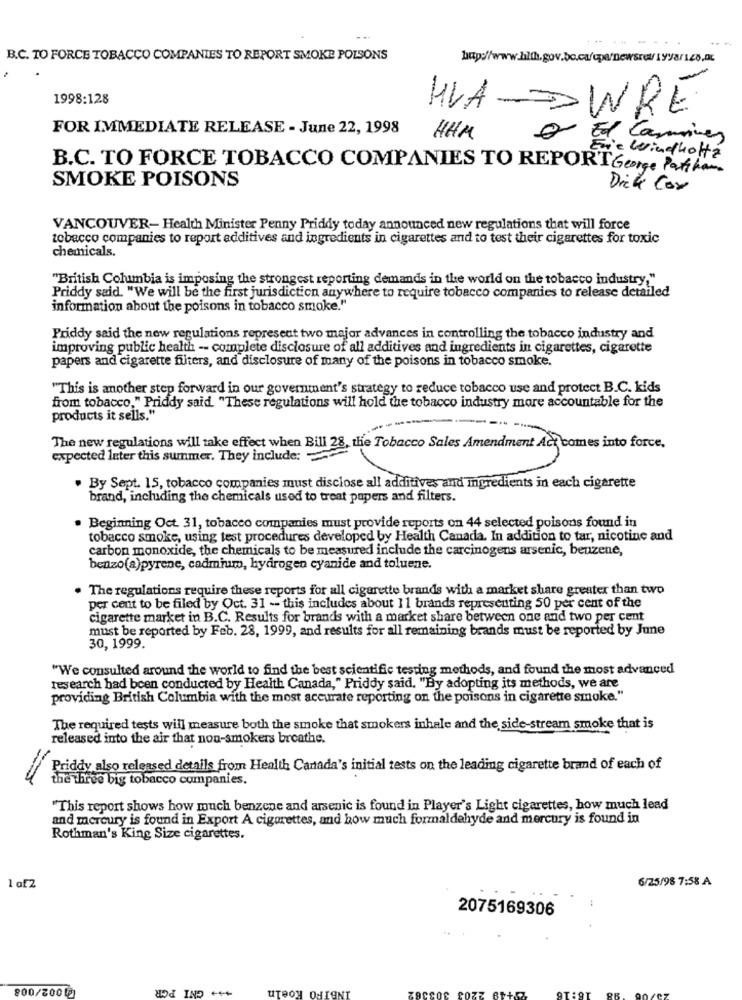
B.C. TO FORCE TOBACCO COMPANIES TO REPORT SMOKE POLSONS
htp://www.hlth.gov.bo.ca/epa/newsre/1998/140.at
1998:128
HVA
WRE
FOR IMMEDIATE RELEASE - June 22, 1998
HAM
o El Camino
Eje Windholtz
B.C. TO FORCE TOBACCO COMPANIES TO REPORTGeorge Patikam.
SMOKE POISONS
Dick Cor
VANCOUVER- Health Minister Penny Priddy today announced new regulations that will force
tobacco companies to report additives and ingredients in cigarettes and to test their cigarettes for toxic
chemicals.
"British Columbia is imposing the strongest reporting demands in the world on the tobacco industry,"
Priddy said. "We will be the first jurisdiction anywhere to require tobacco companies to release detailed
information about the poisons in tobacco smoke."
Priddy said the new regulations represent two major advances in controlling the tobacco industry and
improving public health -- complete disclosure of all additives and ingredients in cigarettes, cigarette
papers and cigarette filters, and disclosure of many of the poisons in tobacco smoke.
"This is another step forward in our government's strategy to reduce tobacco use and protect B.C. kids
from tobacco." Priddy said. "These regulations will hold the tobacco industry more accountable for the
products it sells."
The new regulations will take effect when Bill 28, the Tobacco Sales Amendment Act comes into force.
expected later this summer. They include:
By Sept. 15, tobacco companies must disclose all additives and ingredients in each cigarette
brand, including the chemicals used to treat papers and filters.
· Beginning Oct 31, tobacco companies must provide reports on 44 selected poisons found in
tobacco smoke, using test procedures developed by Health Canada. In addition to tar, nicotine and
carbon monoxide, the chemicals to be measured include the carcinogens arsenic, benzene,
benzo(a)pyrene, cadmium, hydrogen cyanide and toluene.
The regulations require these reports for all cigarette brands with a market share greater than two
per cent to be filed by Oct. 31 -- this includes about 11 brands representing 50 per cent of the
cigarette market in B.C. Results for brands with a market share between one and two per cent
must be reported by Feb. 28, 1999, and results for all remaining brands must be reported by June
30, 1999.
"We consulted around the world to find the best scientific testing methods, and found the most advanced
research had been conducted by Health Canada," Priddy said, "By adopting its methods, we are
providing British Columbia with the most accurate reporting on the poisons in cigarette smoke."
The required tests will measure both the smoke that smokers inhale and the side-stream smoke that is
released into the air that non-smokers breathe.
Priddy also released details from Health Canada's initial tests on the leading cigarette brand of each of
the three big tobacco companies.
"This report shows how much benzene and arsenic is found in Player's Light cigarettes, how much lead
and mercury is found in Export A cigarettes, and how much formaldehyde and mercury is found in
Rothman's King Size cigarettes.
6/25/98 7:58 A
1 of2
2075169306
*** GNI PGR
INBIFO Koeln
800/2001